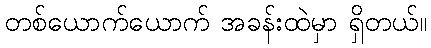
တစ်ယောက်ယောက် အခန်းထဲမှာ ရှိတယ်။